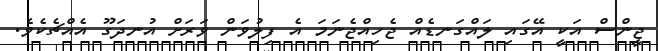
ޖީންސް އަކީ އޭގައި ލައްގަނޑެއް ޖެހިއްޖެނަމަ އެ ފިލުވަން ވަރަށް އުނދަގޫ އެއްޗެކެވެ.